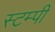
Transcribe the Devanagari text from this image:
स्टम्पी